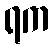
ရက